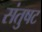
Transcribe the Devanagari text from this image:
संतुषट